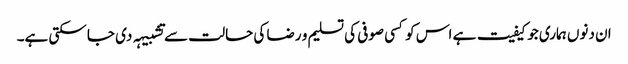
ان دنوں ہماری جو کیفیت ہے اس کو کسی صوفی کی تسلیم و رضا کی حالت سے تشبیہہ دی جا سکتی ہے۔